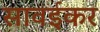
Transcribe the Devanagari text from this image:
सावईकर